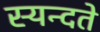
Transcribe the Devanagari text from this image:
स्यन्दते